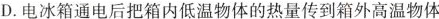
D.电冰箱通电后把箱内低温物体的热量传到箱外高温物体